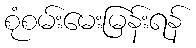
စုံစမ်းမေးမြန်းရန်